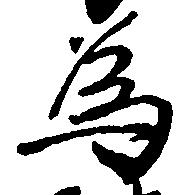
為